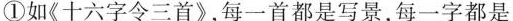
①如《十六字令三首》，每一首都是写景，每一字都是